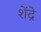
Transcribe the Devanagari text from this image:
शेंद्रे